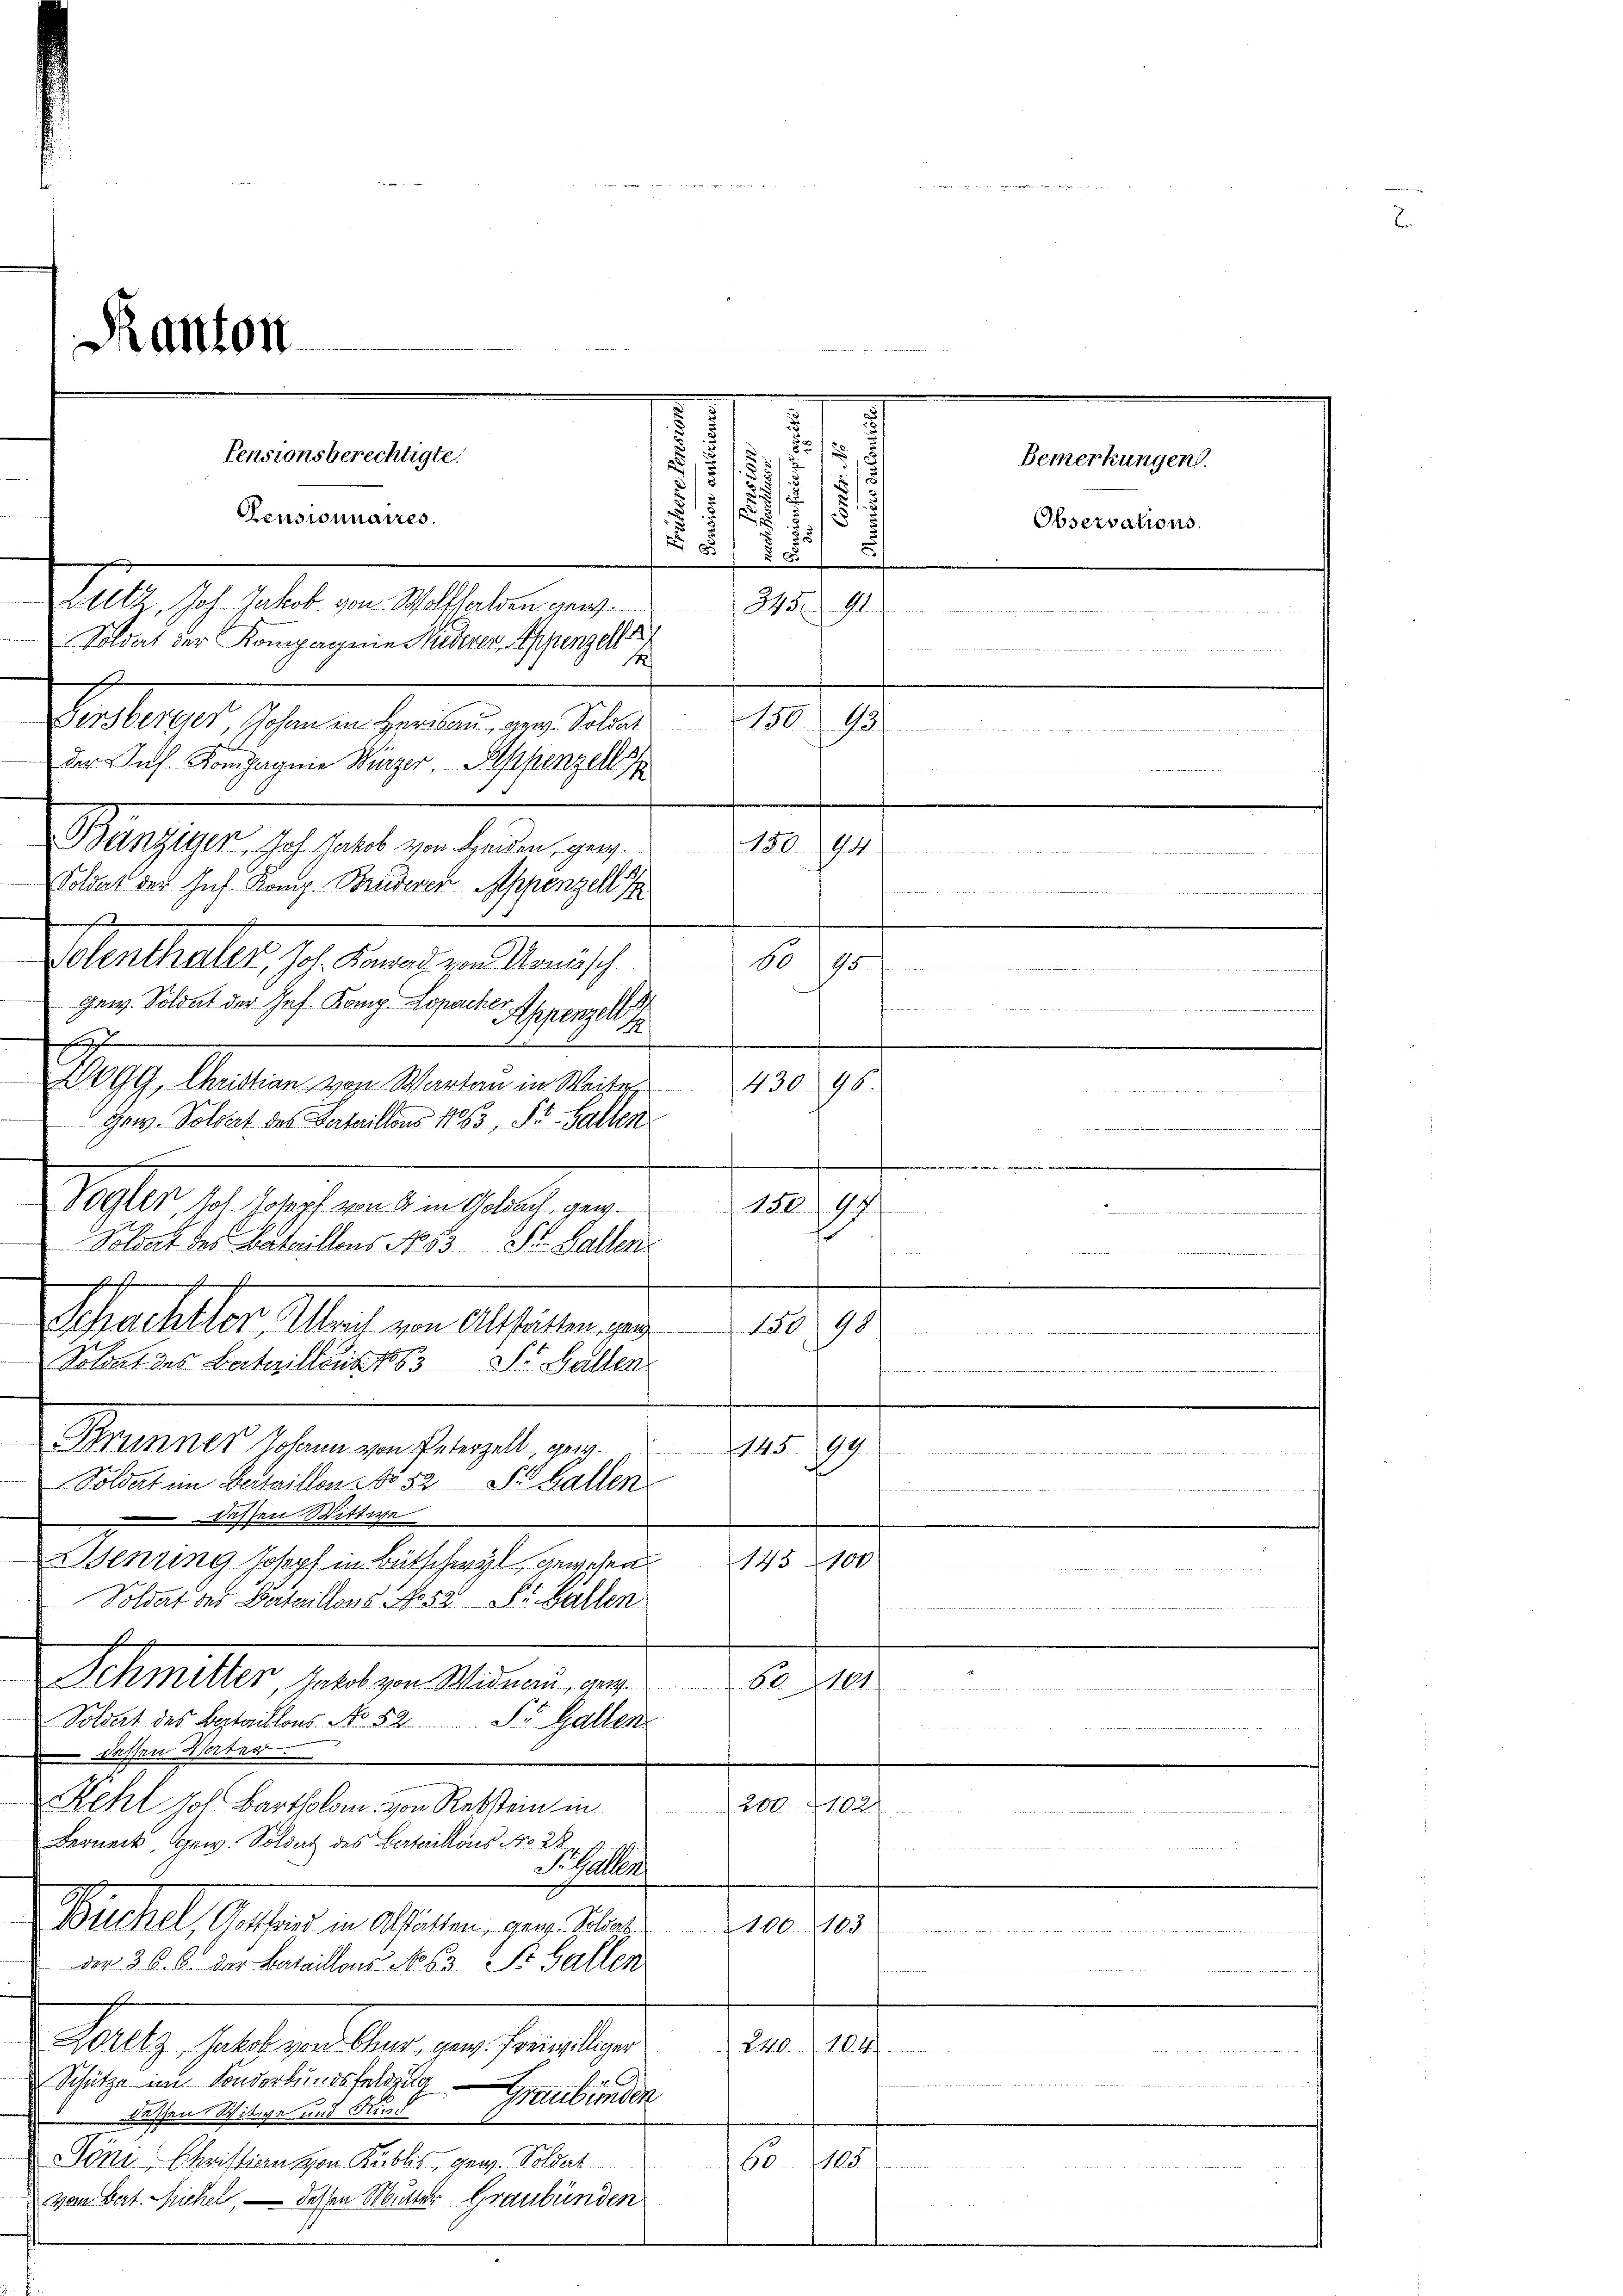
2
5
5
d
.
.
.
.
2
7. 7
345. 91.
der Inf. Kompagnie Wurzer, Appenzell s
Bänziger. Joh. Hotel von Leiden, gen. 150. 94
Soldat der Inf. Kong. Bruderer Appenzell I

Polenthaler, Joh. Kanad von Urmissch
gew. Soldat der Ges. Kong. Loparter Appenzell I
.
n
.
0GG, Christian von Wartau in Weiter 430. 96.
gew. Soldat des Vertaillons 1863, St. Gallen

Vogler, ich Josopf von 4 in Goldach, geg.150. 97
Soldat des Bataillons No 83. Dr. Gallen
a

.
Schachtler, Ulrich von Altstätten, ger
190
Soldat des Bataillons S. Gallen
e
e
.
Prunner Johann von Peterzell, gew.14599.
eressen werden sehr langte berischeider Seiter beiden weitere
Soldert im Bertaillon No 52 S. Gallen
atten stellt weitet hat des Wei
dessen Wittwe
Wenung Josopf in Bütschwyl gewesen.
145. 101.
Soldat der Bataillons No 52 St. Gallen
h
Schmetter, Jakob von Widau, gew.6101

Soldat des Bataillons. No 52 S. Gallen
dessen Herrn
Kehl hol. Bartholom von Rebstein in
200. 1102.
rchitekte de
Berneck gew. Soldat des Bataillons No 28
S. Gallen
Büchel, Gottfried in Abstätten, ganz. Schaz 100. 103
gegen Bericht alle einen der Mittelt ich hat erheiten bedene Widerseitete Beleistet die die ein Mittheit
der 30. d. der Bataillons No 63 St. Gallen
Peltz halten der er halten
LO... 16.
Schütze im Sonderbundsfeldzug
 sie betreten eine wesen werden
Graubünden
 dessene Witwe und Rund
Söni Christian von Kublis, gen. Soldat
 1
von Bat. Michel, — dessen Mutter Graubünden

e

Censionnaires.
Sitl. Ich hatt v. M. einen an
Soldat der Kompagnie Niederer Appenzell

Ranton

Pensionsberechtigte.

14
Girsberger, Johann in Herisau, gew. Soldat 150. 45

.
o
u

e

g  zu

Bemerkungen.
Observations.

.
e
6095

1
auder Frieder einen